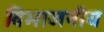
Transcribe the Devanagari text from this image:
विभाजनीय